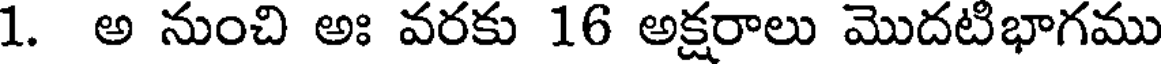
1. అ నుంచి అః వరకు 16 అక్షరాలు మొదటిభాగము